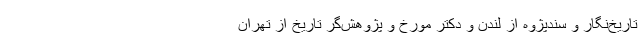
تاریخ‌نگار و سندپژوه از لندن و دکتر مورخ و پژوهش‌گر تاریخ از تهران